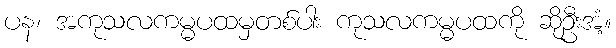
ပန၊ အကုသလကမ္မပထမှတစ်ပါး ကုသလကမ္မပထကို ဆိုဦးအံ့။